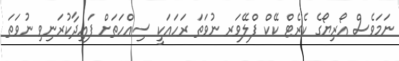
ނަމަވެސް އޯރިޔޯގެ ކެރެޓް ކޭކް ފްލޭވަރ ނުވަތަ ރަހަައަކީ ސިއްހަތަށް ފައިދާކުރަނިވި ނުވަތަ